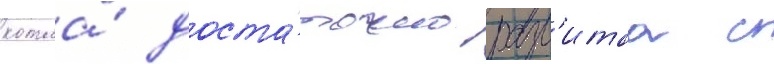
котла́ доста́точно разв'итаа с